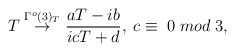
\begin{align*}T \stackrel{\Gamma^o(3)_T}{\rightarrow} \frac{aT-ib}{icT+d},\;c\equiv\;0\;mod\;3,\end{align*}